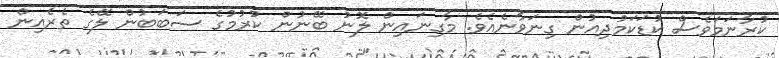
ކުރާނަމަވެސް ކުޑަކަމުދިއުން ގިނަވާނެއެވެ. މާގިނައިން ލޮނު ބޭނުން ކުރުމުގެ ސަބަބުން ލޭގެ ތެރެއިން